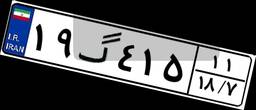
۱۹گ۴۱۵۱۱